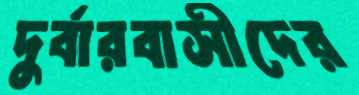
দুর্বারবাসীদের